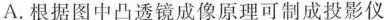
A. 根据图中凸透镜成像原理可制成投影仪